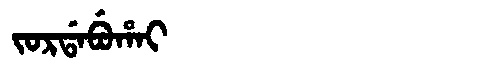
Manchu: ᠵᠣᡵᡩᠠᠪᡠᡥᠠᡳ
Romanization: JORDABUHAI